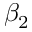
\beta _ { 2 }